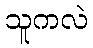
သူကလဲ